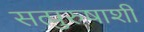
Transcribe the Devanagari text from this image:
सत्पुरुषाशी